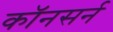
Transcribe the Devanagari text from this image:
कॉनसर्न